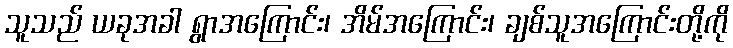
သူသည် ယခုအခါ ရွာအကြောင်း၊ အိမ်အကြောင်း၊ ချစ်သူအကြောင်းတို့ကို